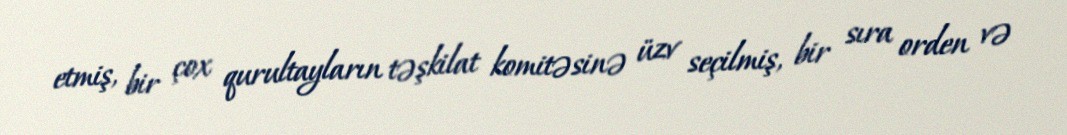
etmiş, bir çox qurultayların təşkilat komitəsinə üzv seçilmiş, bir sıra orden və